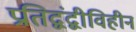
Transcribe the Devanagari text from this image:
प्रतिद्वंद्वीविहीन